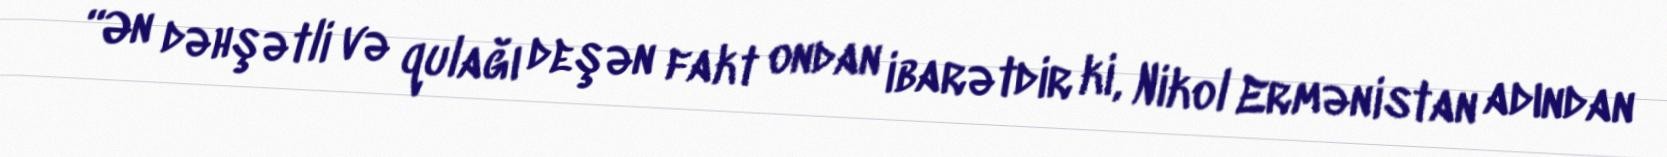
“Ən dəhşətli və qulağı deşən fakt ondan ibarətdir ki, Nikol Ermənistan adından